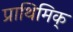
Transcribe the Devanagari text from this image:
प्राथिमिक्